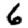
Digit: 6